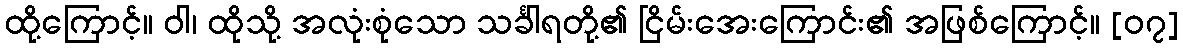
ထို့ကြောင့်။ ဝါ၊ ထိုသို့ အလုံးစုံသော သင်္ခါရတို့၏ ငြိမ်းအေးကြောင်း၏ အဖြစ်ကြောင့်။ [၀၇]